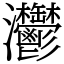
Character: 灪